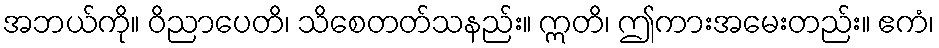
အဘယ်ကို။ ဝိညာပေတိ၊ သိစေတတ်သနည်း။ ဣတိ၊ ဤကားအမေးတည်း။ ဧကံ၊